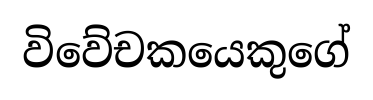
විවේචකයෙකුගේ